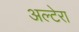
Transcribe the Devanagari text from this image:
अल्टेरा